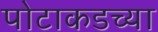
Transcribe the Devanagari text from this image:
पोटाकडच्या